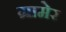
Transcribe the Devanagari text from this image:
ग्रामेर